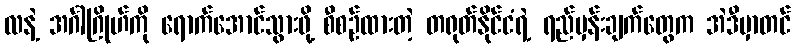
လနဲ့ အင်္ဂါဂြိုဟ်ကို ရောက်အောင်သွားဖို့ စီစဉ်ထားတဲ့ တရုတ်နိုင်ငံရဲ့ ရည်မှန်းချက်တွေက အဲဒီမှာတင်